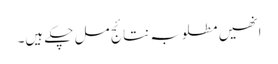
انھیں مطلوبہ نتائج مل چکے ہیں۔